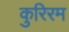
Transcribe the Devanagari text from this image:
कुरिरम